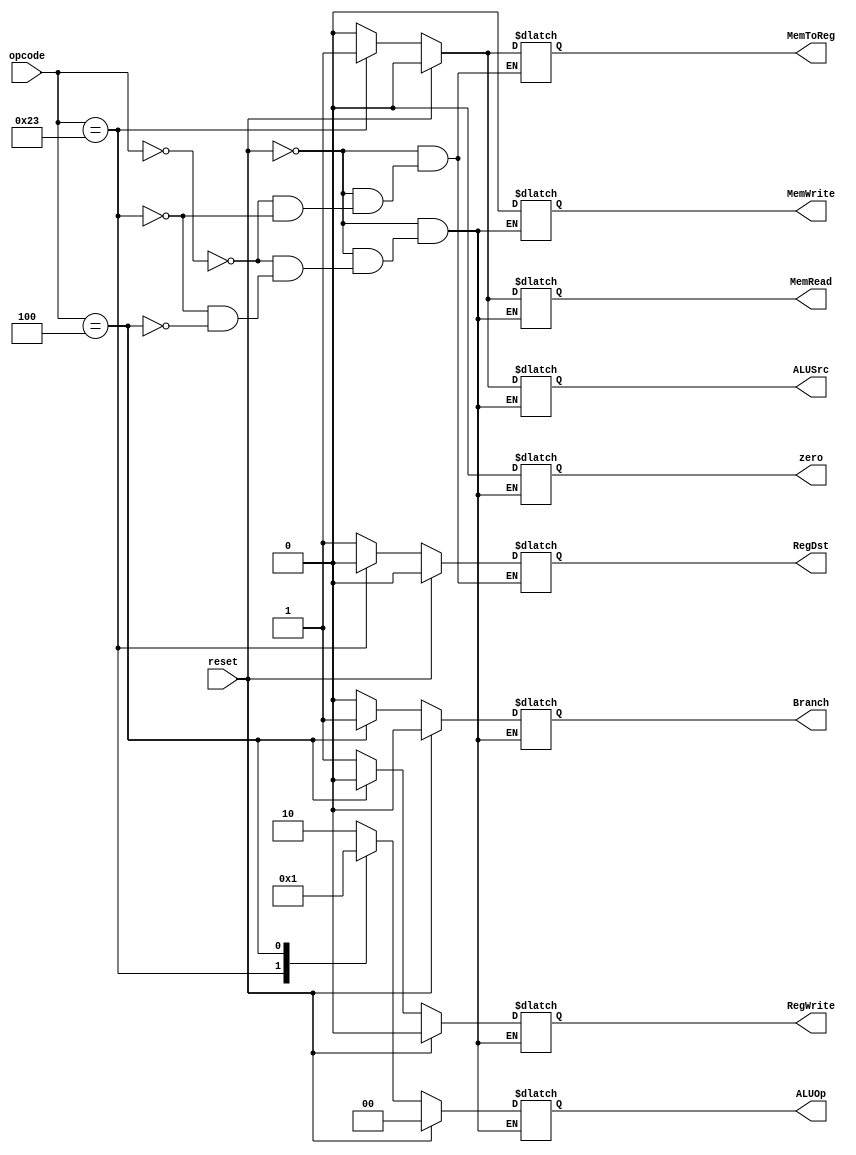
module control( input[5:0] opcode,  
                           input reset,  
                           output reg[1:0] ALUOp,  
                           output reg RegDst,MemToReg,Branch,MemRead,MemWrite,ALUSrc,RegWrite,zero                     
   );  
 always @(*)  
 begin  
      if(reset == 1'b1) begin  
                RegDst = 1'b0;  
                MemToReg = 1'b0;  
                ALUOp = 2'b00;  
                Branch = 1'b0;  
                MemRead = 1'b0;  
                MemWrite = 1'b0;  
                ALUSrc = 1'b0;  
                RegWrite = 1'b0;  
                zero = 1'b0;  
      end  
      else begin  
      case(opcode)   
      6'b000000: begin // add  
                RegDst = 1'b1;  
                MemToReg = 1'b0;  
                ALUOp = 2'b10;    
                Branch = 1'b0;  
                MemRead = 1'b0;  
                MemWrite = 1'b0;  
                ALUSrc = 1'b0;  
                RegWrite = 1'b1;  
                zero = 1'b0;  
                end  
     
     
      6'b100011: begin // lw  
                RegDst = 1'b0;  
                MemToReg = 1'b1;  
                ALUOp = 2'b00;    
                Branch = 1'b0;  
                MemRead = 1'b1;  
                MemWrite = 1'b0;  
                ALUSrc = 1'b1;  
                RegWrite = 1'b1;  
                zero = 1'b0;  
                end  
 
      6'b000100: begin // beq  
                ALUOp = 2'b01;    
                Branch = 1'b1;  
                MemRead = 1'b0;  
                MemWrite = 1'b0;  
                ALUSrc = 1'b0;  
                RegWrite = 1'b0;  
                zero = 1'b0;  
                end  
  
     //  default: begin  
     //            RegDst = 2'b01;  
     //            MemToReg = 2'b00;  
     //            ALUOp = 2'b00;    
     //            Branch = 1'b0;  
     //            MemRead = 1'b0;  
     //            MemWrite = 1'b0;  
     //            ALUSrc = 1'b0;  
     //            RegWrite = 1'b1;  
     //            zero = 1'b1;  
     //            end  
      endcase  
      end  
 end  
 endmodule